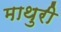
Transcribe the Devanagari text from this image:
माथुरी